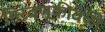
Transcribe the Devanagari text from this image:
मिरवणूकीवेळी